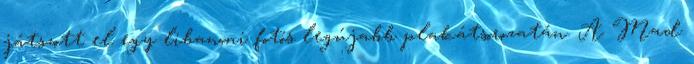
játszott el egy libanoni fotós legújabb plakátsorozatán. A Mad